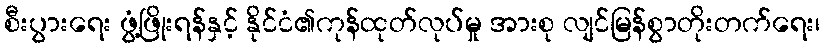
စီးပွားရေး ဖွံ့ဖြိုးရန်နှင့် နိုင်ငံ၏ကုန်ထုတ်လုပ်မှု အားစု လျင်မြန်စွာတိုးတက်ရေး၊